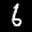
Label: 6